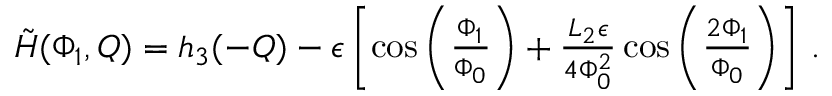
\begin{array} { r } { \tilde { H } ( \Phi _ { 1 } , Q ) = h _ { 3 } ( - Q ) - \epsilon \left[ \cos \left( \frac { \Phi _ { 1 } } { \Phi _ { 0 } } \right) + \frac { L _ { 2 } \epsilon } { 4 \Phi _ { 0 } ^ { 2 } } \cos \left( \frac { 2 \Phi _ { 1 } } { \Phi _ { 0 } } \right) \right] \, . } \end{array}